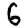
Digit: 6